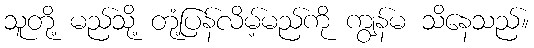
သူတို့ မည်သို့ တုံ့ပြန်လိမ့်မည်ကို ကျွန်မ သိနေသည်။